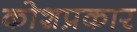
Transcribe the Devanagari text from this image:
कोशप्रकार